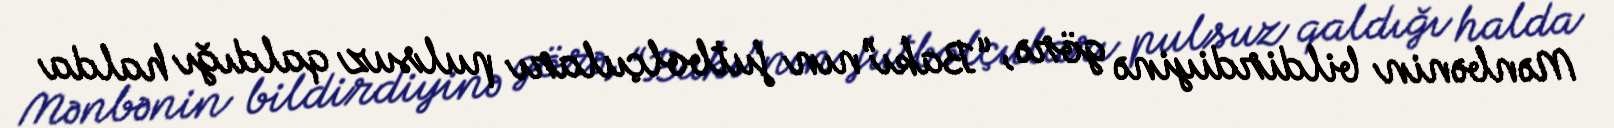
Mənbənin bildirdiyinə görə, “Bakı”nın futbolçuları pulsuz qaldığı halda